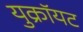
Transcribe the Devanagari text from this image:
युक्रॉयट